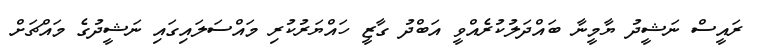
ރައީސް ނަޝީދު ޔާމީނާ ބައްދަލުކުރެއްވީ އަބްދު ގާޒީ ހައްޔަރުކުރި މައްސަލައިގައި ނަޝީދުގެ މައްޗަށް